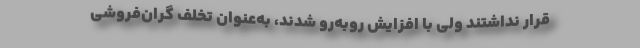
قرار نداشتند ولی با افزایش روبه‌رو شدند، به‌عنوان تخلف گران‌فروشی